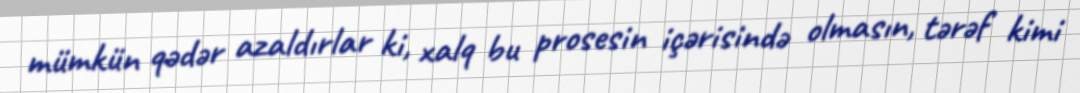
mümkün qədər azaldırlar ki, xalq bu prosesin içərisində olmasın, tərəf kimi